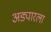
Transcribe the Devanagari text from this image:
अड्यारला